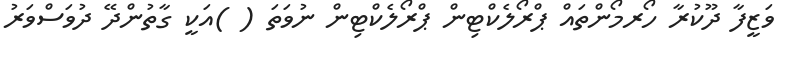
ވަޒީފާ ދޫކުރާ ހޯރމޯންތައް ޕްރޯލެކްޓިން ޕްރޯލެކްޓިން ނުވަތަ ( )އަކީ ގާތުންދޭ ދުވަސްވަރު